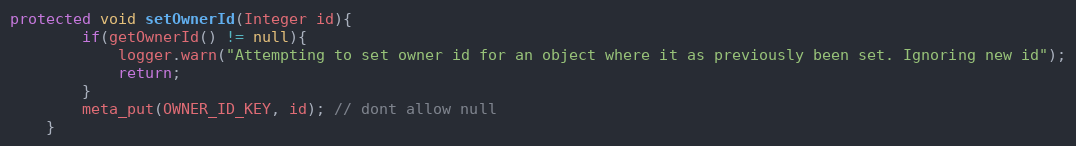
Language: Java
protected void setOwnerId(Integer id){
        if(getOwnerId() != null){
            logger.warn("Attempting to set owner id for an object where it as previously been set. Ignoring new id");
            return;
        }
        meta_put(OWNER_ID_KEY, id); // dont allow null
    }